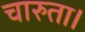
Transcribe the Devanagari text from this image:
चारुता।